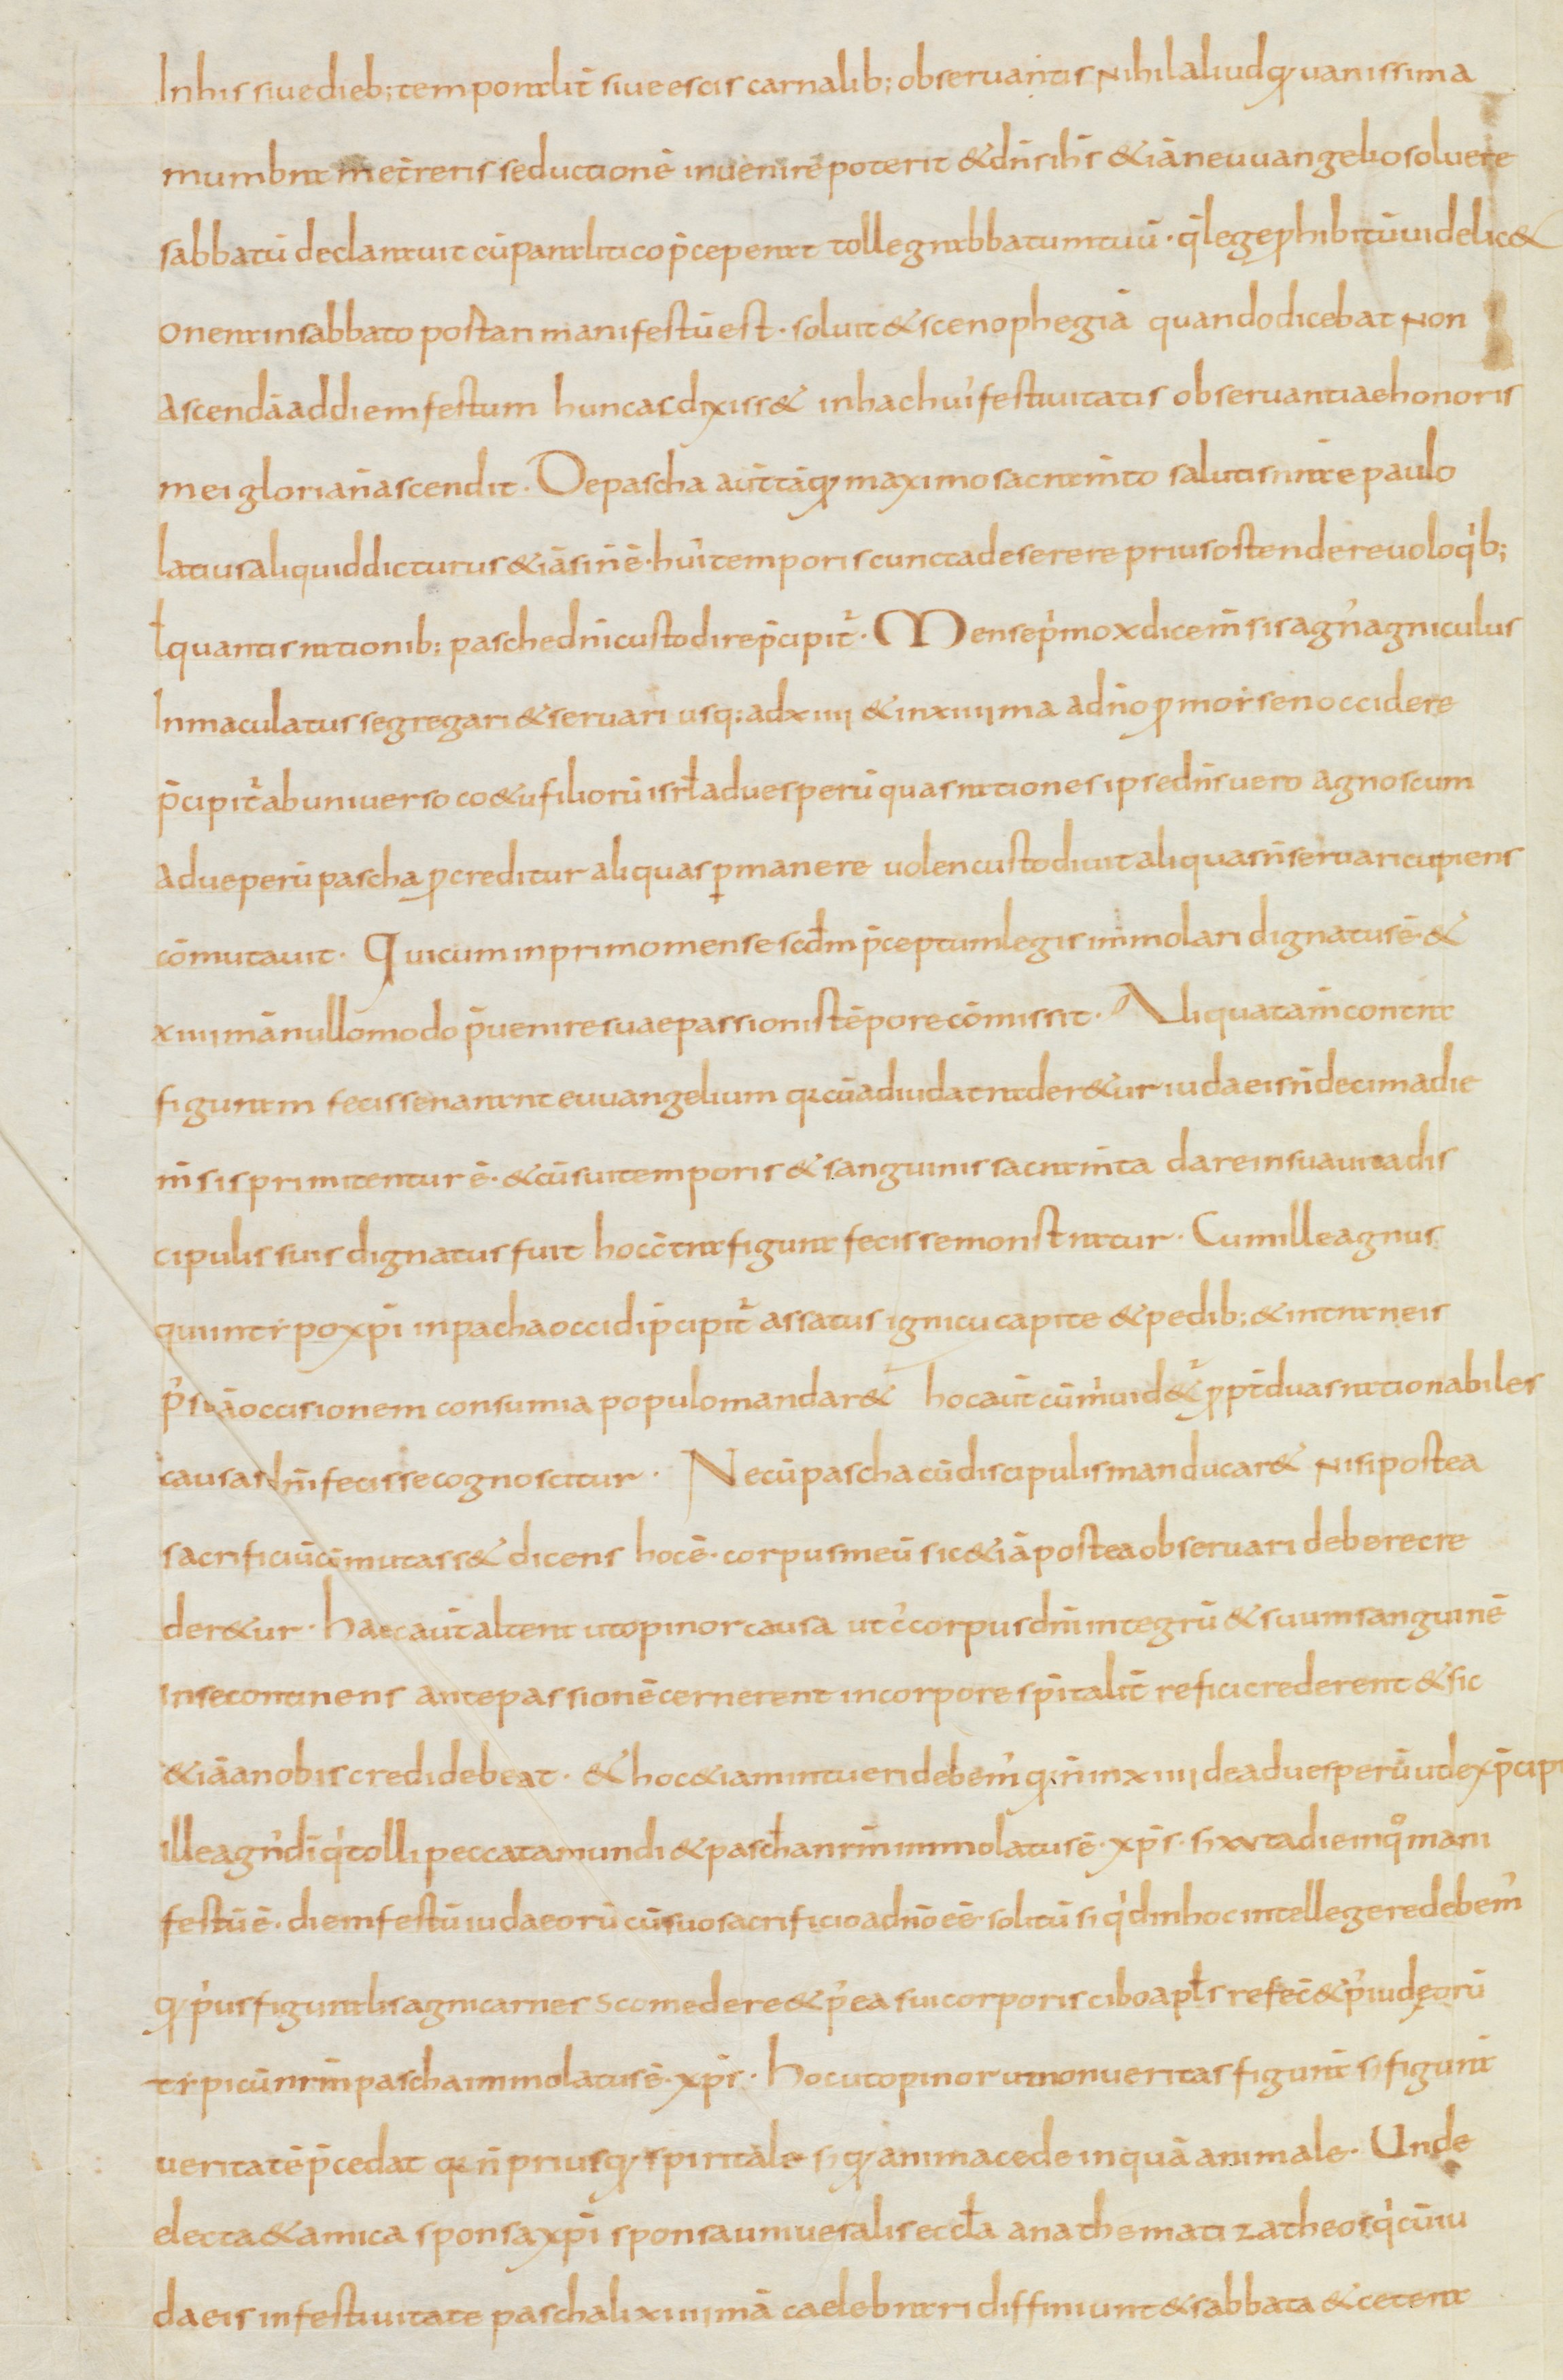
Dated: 810–840